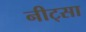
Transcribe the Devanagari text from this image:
नीट्सा